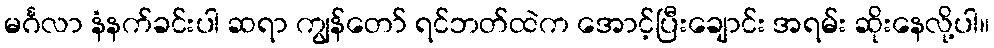
မင်္ဂလာ နံနက်ခင်းပါ ဆရာ ကျွန်တော် ရင်ဘတ်ထဲက အောင့်ပြီးချောင်း အရမ်း ဆိုးနေလို့ပါ။